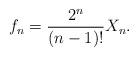
LaTeX: \begin{align*}f_n=\frac {2^n}{(n-1)!} X_n. \end{align*}